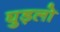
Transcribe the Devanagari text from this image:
घुड़लो